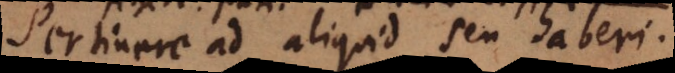
Pertinere ad aliquid seu haberi.